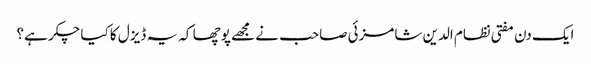
ایک دن مفتی نظام الدین شامزئی صاحب نے مجھے پوچھا کہ یہ ڈیزل کا کیا چکر ہے؟